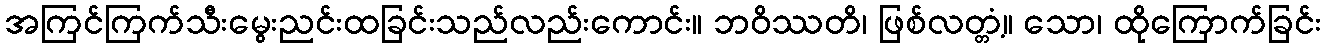
အကြင်ကြက်သီးမွေးညင်းထခြင်းသည်လည်းကောင်း။ ဘဝိဿတိ၊ ဖြစ်လတ္တံ့။ သော၊ ထိုကြောက်ခြင်း